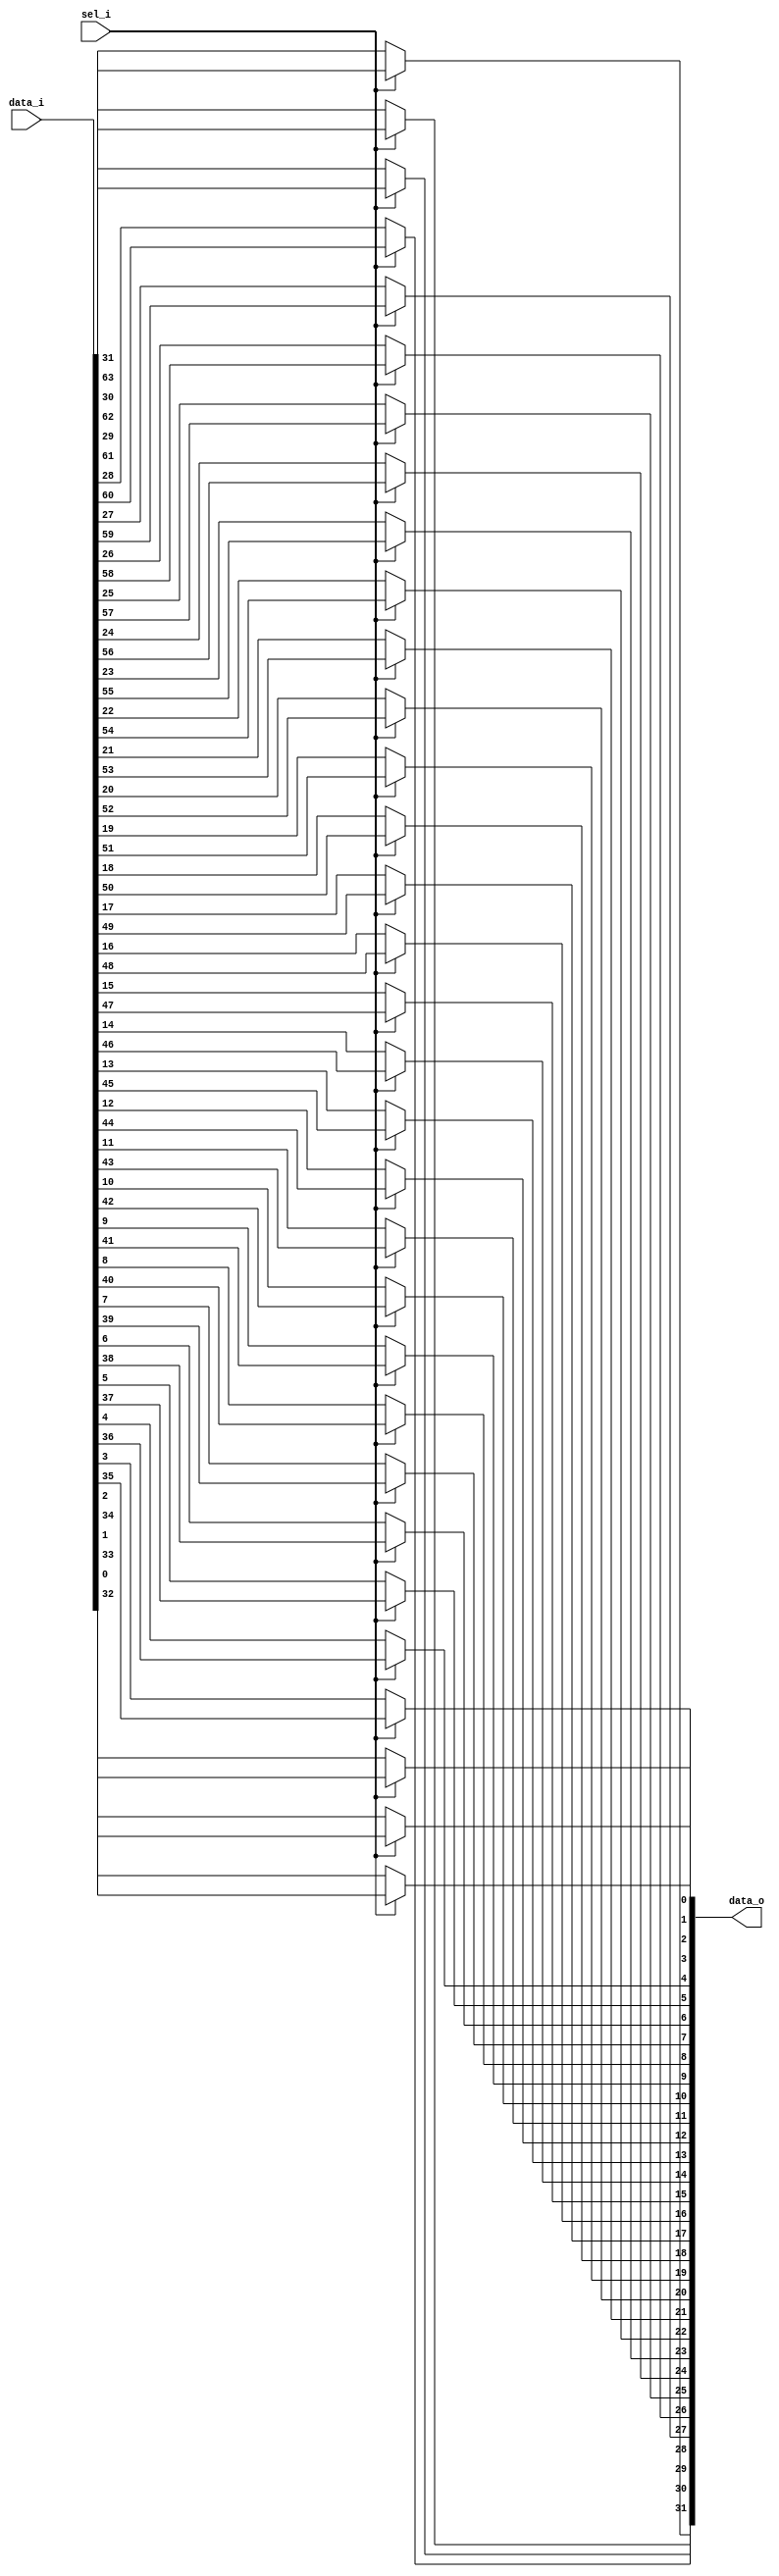
// This program was cloned from: https://github.com/NYU-MLDA/OpenABC
// License: BSD 3-Clause "New" or "Revised" License

module bsg_mux_width_p32_els_p2
(
  data_i,
  sel_i,
  data_o
);

  input [63:0] data_i;
  input [0:0] sel_i;
  output [31:0] data_o;
  wire [31:0] data_o;
  wire N0,N1;
  assign data_o[31] = (N1)? data_i[31] : 
                      (N0)? data_i[63] : 1'b0;
  assign N0 = sel_i[0];
  assign data_o[30] = (N1)? data_i[30] : 
                      (N0)? data_i[62] : 1'b0;
  assign data_o[29] = (N1)? data_i[29] : 
                      (N0)? data_i[61] : 1'b0;
  assign data_o[28] = (N1)? data_i[28] : 
                      (N0)? data_i[60] : 1'b0;
  assign data_o[27] = (N1)? data_i[27] : 
                      (N0)? data_i[59] : 1'b0;
  assign data_o[26] = (N1)? data_i[26] : 
                      (N0)? data_i[58] : 1'b0;
  assign data_o[25] = (N1)? data_i[25] : 
                      (N0)? data_i[57] : 1'b0;
  assign data_o[24] = (N1)? data_i[24] : 
                      (N0)? data_i[56] : 1'b0;
  assign data_o[23] = (N1)? data_i[23] : 
                      (N0)? data_i[55] : 1'b0;
  assign data_o[22] = (N1)? data_i[22] : 
                      (N0)? data_i[54] : 1'b0;
  assign data_o[21] = (N1)? data_i[21] : 
                      (N0)? data_i[53] : 1'b0;
  assign data_o[20] = (N1)? data_i[20] : 
                      (N0)? data_i[52] : 1'b0;
  assign data_o[19] = (N1)? data_i[19] : 
                      (N0)? data_i[51] : 1'b0;
  assign data_o[18] = (N1)? data_i[18] : 
                      (N0)? data_i[50] : 1'b0;
  assign data_o[17] = (N1)? data_i[17] : 
                      (N0)? data_i[49] : 1'b0;
  assign data_o[16] = (N1)? data_i[16] : 
                      (N0)? data_i[48] : 1'b0;
  assign data_o[15] = (N1)? data_i[15] : 
                      (N0)? data_i[47] : 1'b0;
  assign data_o[14] = (N1)? data_i[14] : 
                      (N0)? data_i[46] : 1'b0;
  assign data_o[13] = (N1)? data_i[13] : 
                      (N0)? data_i[45] : 1'b0;
  assign data_o[12] = (N1)? data_i[12] : 
                      (N0)? data_i[44] : 1'b0;
  assign data_o[11] = (N1)? data_i[11] : 
                      (N0)? data_i[43] : 1'b0;
  assign data_o[10] = (N1)? data_i[10] : 
                      (N0)? data_i[42] : 1'b0;
  assign data_o[9] = (N1)? data_i[9] : 
                     (N0)? data_i[41] : 1'b0;
  assign data_o[8] = (N1)? data_i[8] : 
                     (N0)? data_i[40] : 1'b0;
  assign data_o[7] = (N1)? data_i[7] : 
                     (N0)? data_i[39] : 1'b0;
  assign data_o[6] = (N1)? data_i[6] : 
                     (N0)? data_i[38] : 1'b0;
  assign data_o[5] = (N1)? data_i[5] : 
                     (N0)? data_i[37] : 1'b0;
  assign data_o[4] = (N1)? data_i[4] : 
                     (N0)? data_i[36] : 1'b0;
  assign data_o[3] = (N1)? data_i[3] : 
                     (N0)? data_i[35] : 1'b0;
  assign data_o[2] = (N1)? data_i[2] : 
                     (N0)? data_i[34] : 1'b0;
  assign data_o[1] = (N1)? data_i[1] : 
                     (N0)? data_i[33] : 1'b0;
  assign data_o[0] = (N1)? data_i[0] : 
                     (N0)? data_i[32] : 1'b0;
  assign N1 = ~sel_i[0];

endmodule